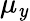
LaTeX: \mu_{\mathit{y}}